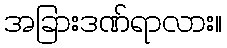
အခြားဒဏ်ရာလား။